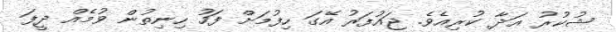
ޝުކުރު ޢަދާ ކުރިއެވެ. ޖައުފަރު އޭގަ ހިފުމަށް ފަހު ހިނިތުން ވުމެއް ދީފަ